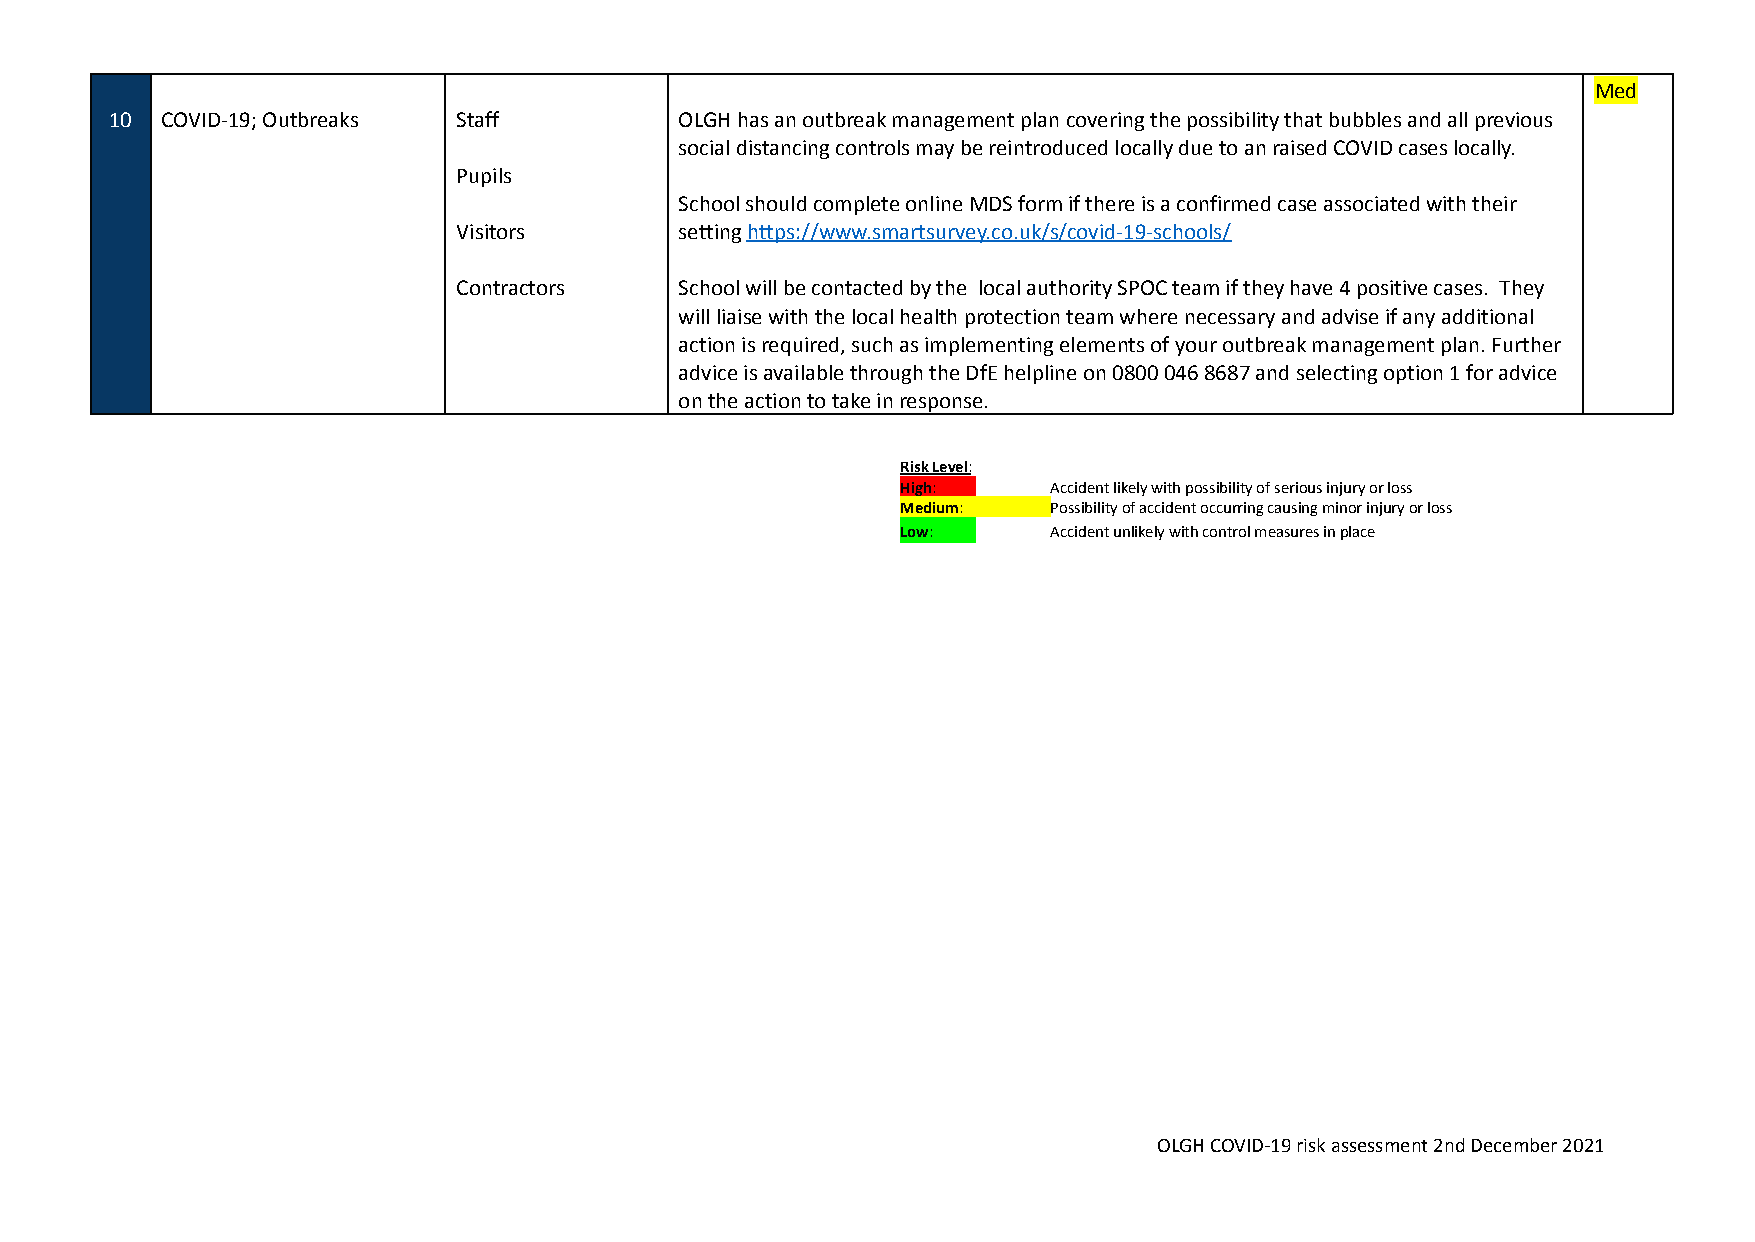
Med
 10  COVID-19; Outbreaks Staff         OLGH has an outbreak management plan covering the possibility that bubbles and all previous
 social distancing controls may be reintroduced locally due to an raised COVID cases locally.
 Pupils
 School should complete online MDS form if there is a confirmed case associated with their
 Visitors       settinghttps://www.smartsurvey.co.uk/s/covid-19-schools/
 Contractors    School will be contacted by the local authority SPOC team if they have 4 positive cases. They
 will liaise with the local health protection team where necessary and advise if any additional
 action is required, such as implementing elements of your outbreak management plan. Further
 advice is available through the DfE helpline on 0800046 8687 and selecting option 1 for advice
 on the action to take in response.
 RiskLevel:
 High:     Accident likely with possibility of seriousinjury or loss
 Medium:   Possibility of accident occurring causingminor injury or loss
 Low:      Accident unlikely with control measuresin place
 OLGH COVID-19 risk assessment 2nd December 2021